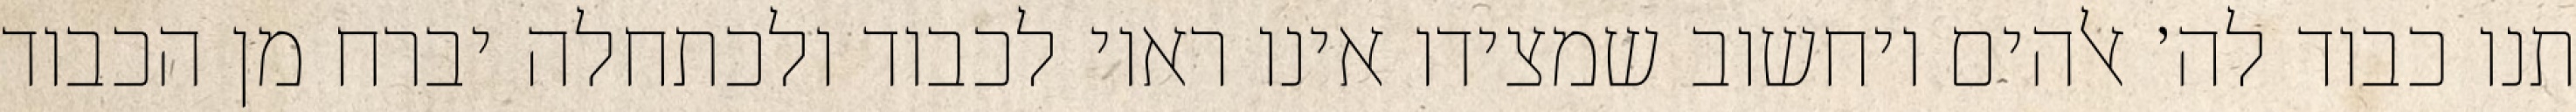
תנו כבוד לה׳ אלהים ויחשוב שמצידו אינו ראוי לכבוד ולכתחלה יברח מן הכבוד